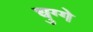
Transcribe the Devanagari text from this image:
चुग्गे